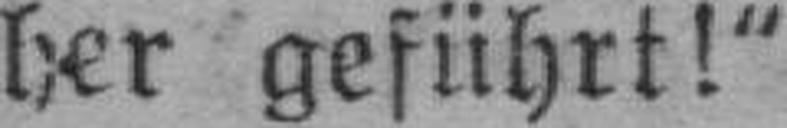
her geführt!“